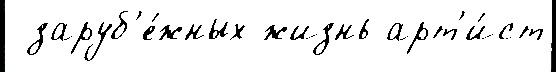
 заруб'е́жных жизнь арт'и́ст